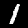
Digit: 1